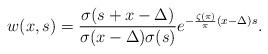
LaTeX: \begin{align*}w(x,s)= \frac{\sigma(s+x-\Delta )}{\sigma(x-\Delta )\sigma(s)}e^{-\frac{\zeta(\pi)}{\pi}(x-\Delta )s}.\end{align*}